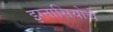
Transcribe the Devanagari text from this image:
इग्नासियोचे